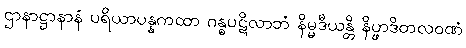
ဌာနာဋ္ဌာနာနံ ပရိယာပန္နကထာ ဂန္ဓပဋိလာဘံ နိမ္မဒီယန္တိ နိပ္ဖာဒိတလဝဏံ